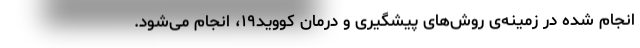
انجام شده در زمینه‌ی روش‌های پیشگیری و درمان کووید۱۹، انجام می‌شود.